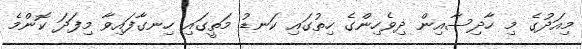
މިއަދުގެ މި ހާދިސާއިން ދިވެހިންގެ ހިތުގައި ކަނޑު މަތީގައި ހިނގާފައިވާ މިފަދަ ކޮންމެ